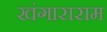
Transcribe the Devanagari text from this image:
खंगाराराम